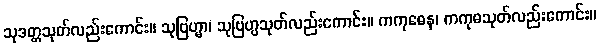
သုဒတ္တသုတ်လည်းကောင်း။ သုဗြဟ္မာ၊ သုဗြဟ္မသုတ်လည်းကောင်း။ ကကုဓေန၊ ကကုဓသုတ်လည်းကောင်း။